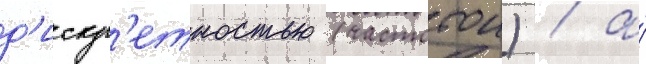
д'искр'етностью (частотои) / а́